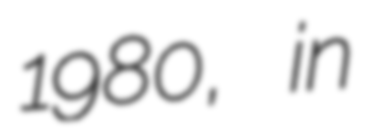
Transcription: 1980, in